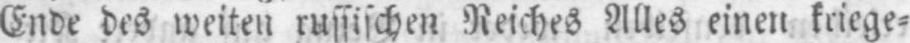
Ende des weiten russischen Reiches Alles einen kriege⸗